Vaccination in Bombay 1874-1876 - 1874-1876
Year: 1874
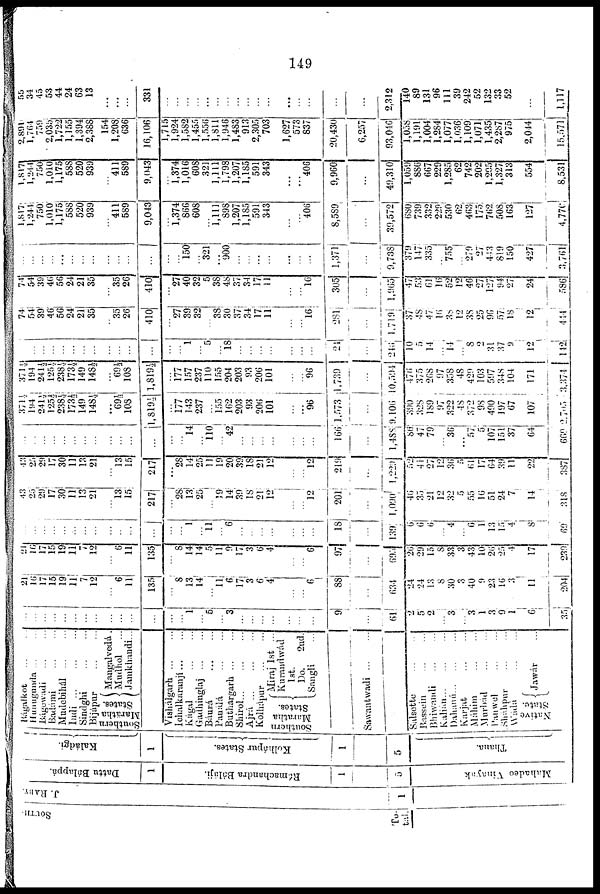
149
To-
tal.
J. RABY.
1
Dattu Bálappá.
1
Rámachandra Báláji.
1
5
Mahadeo Vinayak
Kaládgi.
1
Kolhápur States.
1
5
Thana.
Bágalkot ... ...
Hunugunda ... ...
Bágewadi ... ...
Badámi ... ...
Mudebihál
...
...
Inudi
...
...
...
Sindghi
...
...
Bijápur
...
...
Southern
Marätha
States.
Mangalvedá .
Mudhol ...
Jamkhandi...
Vishálgarh
...
...
Ichalkaranjí ... ...
Kágal
...
...
Gadhinglaj ... ...
Báurá ... ...
Panálá
...
...
Buthargarh ... ...
Shirol... ... ...
Ajrá
...
...
...
Kolhápur
...
...
Southern
Maratha
States.
Miraj 1st ...
Kurandwád
1st.
Do. 2nd.
Sangli ...
Sawantwadi
...
...
Salsette ... ...
Bassein
...
...
Bhiwandi
...
...
Kalián ... ... ...
Dahanú...
...
...
Karjat ... ...
Máhim
...
...
Murbád
...
...
Panwel
...
...
Sháhpur
...
...
Wádá ... ...
Native
State.
Jawár ...
...
...
...
...
...
...
...
...
...
...
...
...
...
...
1
...
5
...
3
...
...
...
...
...
...
...
9
...
61
2
5
2
...
3
...
3
1
3
9
1
6
35
21
16
17
15
19
11
7
12
...
6
11
135
...
8
13
14
...
11
6
17
3
6
4
...
...
6
88
...
634
24
24
13
8
30
3
40
9
23
16
3
11
204
2
16
17
15
19
11
7
12
...
6
11
135
...
8
14
14
5
11
9
17
...
6
4
...
...
6
97
...
695
26
29
15
8
33
3
43
10
26
25
4
17
239
...
...
...
...
...
...
...
...
...
...
...
...
...
...
1
...
11
...
6
...
...
...
...
...
...
...
18
...
139
6
6
6
...
4
...
6
1
13
15
4
8
69
43
25
29
17
30
11
13
21
...
13
15
217
...
28
13
25
...
19
14
39
18
21
12
...
...
12
201
...
1,090
46
35
21
12
32
5
55
16
51
24
7
14
318
43
25
29
17
30
11
13
21
...
13
15
217
...
28
14
25
11
19
20
39
18
21
12
...
...
12
219
...
1,229
52
41
27
12
36
5
61
17
64
39
11
22
387
...
...
...
...
...
...
...
...
...
...
...
...
...
...
14
...
110
...
42
...
...
...
...
...
...
...
166
...
1,488
86
47
79
...
36
...
57
5
107
151
37
64
669
371½
194
241½
125½
238½
173½
149
148½
...
69½
108
l,819½
...
177
143
237
...
155
162
203
93
206
101
...
...
96
1,573
...
9,106
390
328
189
97
322
48
372
98
490
197
67
107
2,705
371½
194
241½
125½
238½
173½
149
148½
...
69½
108
1,819½
...
177
157
237
110
155
204
203
93
206
101
...
...
96
1,739
...
10,594
476
375
268
97
358
48
429
103
597
348
104
171
3,374
...
...
...
...
...
...
...
...
...
...
...
...
...
...
1
...
5
...
18
...
...
...
...
...
...
...
24
...
246
10
5
14
...
14
...
8 2
31
37
9
12
142
74
54
39
46
56
24
21
35
...
35
26
410
...
27
39
32
...
38
30
37
34
17
11
...
...
16
281
...
1,719
37
48
47
16
38
12
38
25
96
57
18
12
444
74
54
39
46
56
24
21
35
...
35
26
410
...
27
40
32
5
38
48
37
34
17
11
...
...
16
305
...
l,965
47
53
61
16
52
12
46
27
127
94
27
24
586
...
...
...
...
...
...
...
...
...
...
...
...
...
...
150
...
321
...
900
...
...
...
...
...
...
...
1,371
...
9,738
379
147
335
...
755
... 279
27
443
819
150
427
3,761
1,817
1,244
750
1,010
1,175
588
520
939
...
411
589
9,043
...
1,374
866
608
...
1,111
898
1,207
1,185
591
343
...
...
406
8,589
...
39,572
680
739
332
229
530
62
463
175
762
508
163
127
4,770
1,817
1,241
750
1,010
1,175
588
520
939
...
411
589
9,043
...
1,374
1,016
608
321
1,111
1,798
1,207
1,185
591
343
...
...
406
9,960
...
49,310
1,059
886
667
229
1,285
62
742
202
1,205
1,327
313
554
8,531
2,891
1,764
759
2,035
1,722
1,155
1,394
2,388
154
1,208
636
16,106
1,715
1,924
1,582
1,455
1,556
1,811
1,946
1,483
913
2,305
703
1,627
573
837
20,430
6,257
93,046
1,058
1,191
1,004
1,284
1,077
1,036
1,109
1,071
1,435
2,287
975
2,044
15,571
55
34
45
53
44
24
63
13
...
...
...
331
...
...
...
...
...
...
...
...
...
...
...
...
...
...
...
...
2,312
140
89
131
96
111
39
242
52
132
33
52
...
1,117